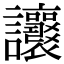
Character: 𧮨